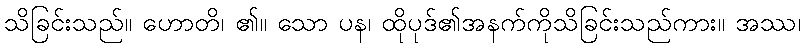
သိခြင်းသည်။ ဟောတိ၊ ၏။ သော ပန၊ ထိုပုဒ်၏အနက်ကိုသိခြင်းသည်ကား။ အဿ၊